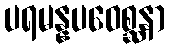
ပရမန္နပဝေစ္ဆနာ